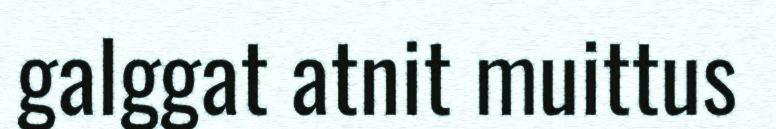
galggat atnit muittus